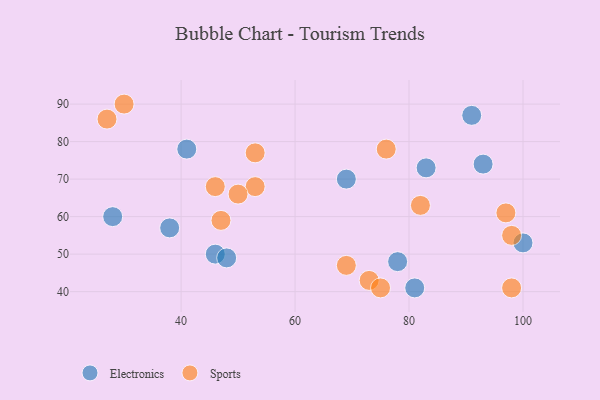
{"axis": {"x": "GDP", "y": "Life Expectancy"}, "legend": ["Electronics", "Sports"], "data": [{"x": "41", "y": 78, "type": "Electronics"}, {"x": "46", "y": 50, "type": "Electronics"}, {"x": "48", "y": 49, "type": "Electronics"}, {"x": "100", "y": 53, "type": "Electronics"}, {"x": "28", "y": 60, "type": "Electronics"}, {"x": "78", "y": 48, "type": "Electronics"}, {"x": "38", "y": 57, "type": "Electronics"}, {"x": "83", "y": 73, "type": "Electronics"}, {"x": "69", "y": 70, "type": "Electronics"}, {"x": "93", "y": 74, "type": "Electronics"}, {"x": "81", "y": 41, "type": "Electronics"}, {"x": "91", "y": 87, "type": "Electronics"}, {"x": "47", "y": 59, "type": "Sports"}, {"x": "53", "y": 68, "type": "Sports"}, {"x": "27", "y": 86, "type": "Sports"}, {"x": "53", "y": 77, "type": "Sports"}, {"x": "50", "y": 66, "type": "Sports"}, {"x": "98", "y": 55, "type": "Sports"}, {"x": "46", "y": 68, "type": "Sports"}, {"x": "30", "y": 90, "type": "Sports"}, {"x": "82", "y": 63, "type": "Sports"}, {"x": "97", "y": 61, "type": "Sports"}, {"x": "76", "y": 78, "type": "Sports"}, {"x": "73", "y": 43, "type": "Sports"}, {"x": "98", "y": 41, "type": "Sports"}, {"x": "69", "y": 47, "type": "Sports"}, {"x": "75", "y": 41, "type": "Sports"}]}